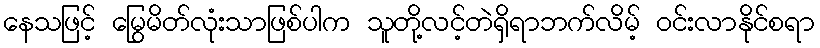
နေသဖြင့် မြွေမိတ်လုံးသာဖြစ်ပါက သူတို့လင့်တဲရှိရာဘက်လိမ့် ဝင်းလာနိုင်စရာ